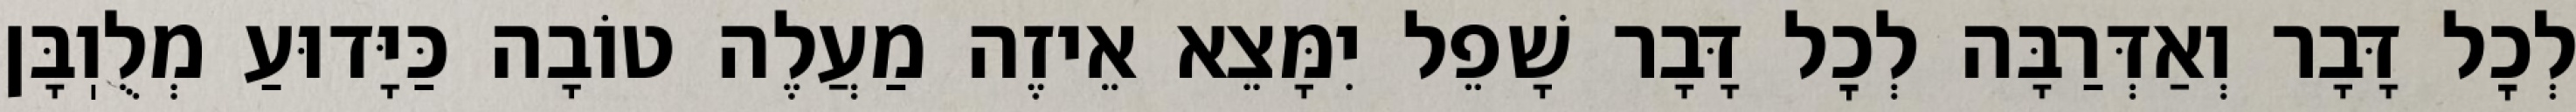
לְכׇל דָּבָר וְאַדְּרַבָּה לְכׇל דָּבָר שָׁפֵל יִמָּצֵא אֵיזֶה מַעֲלֶה טוֹבָה כַּיָּדוּעַ מְלֻוֽבָּן